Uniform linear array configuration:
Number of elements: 4
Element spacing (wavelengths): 0.75
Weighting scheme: binomial
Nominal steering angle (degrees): -45
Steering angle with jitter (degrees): -43.187
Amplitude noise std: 0.05
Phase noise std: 0.05

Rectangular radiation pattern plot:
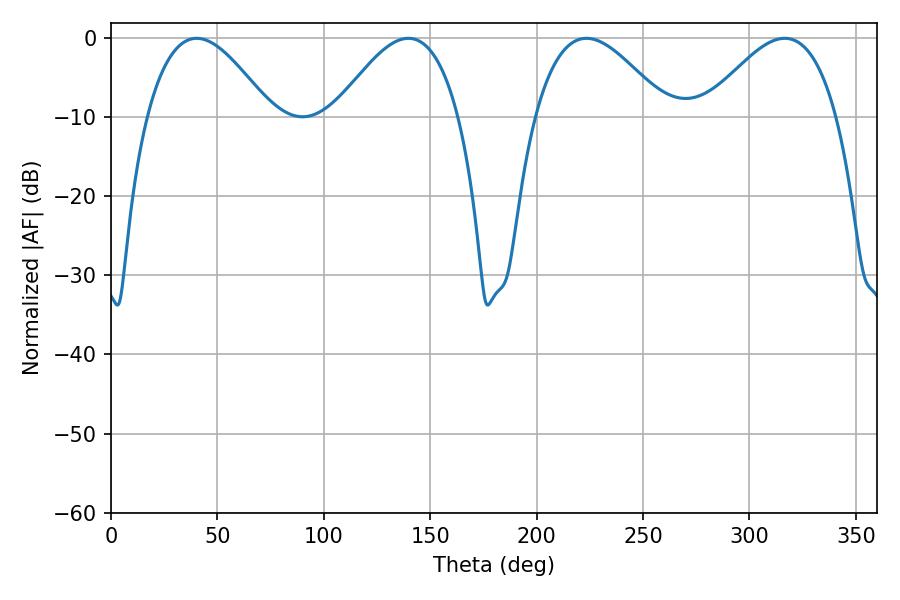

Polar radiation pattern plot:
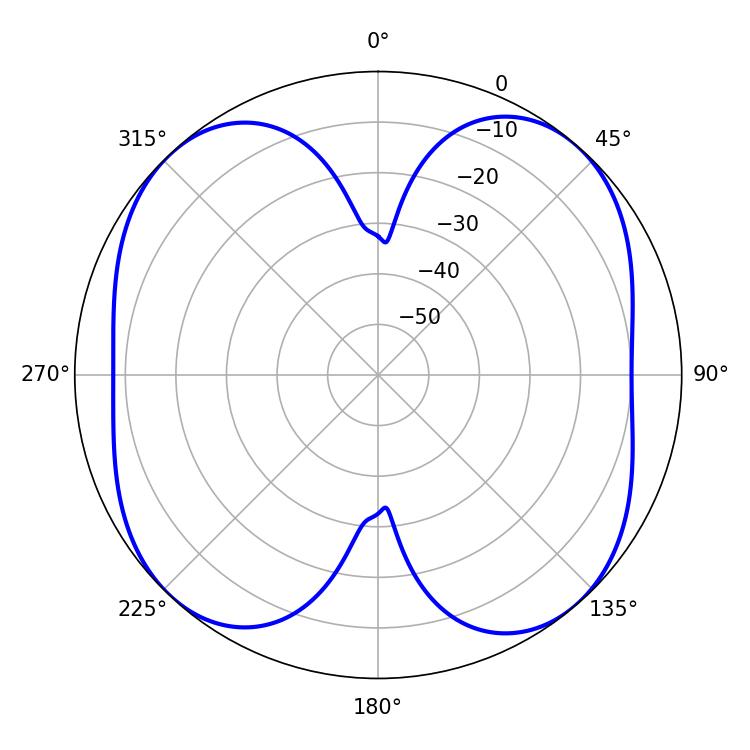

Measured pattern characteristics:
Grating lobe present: TRUE
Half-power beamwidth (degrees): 33.84
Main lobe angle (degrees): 223.38